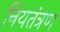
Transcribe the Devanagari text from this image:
नियतंत्रण